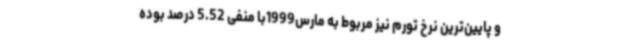
و پایین‌ترین نرخ تورم نیز مربوط به مارس1999با منفی 5.52 درصد بوده